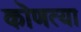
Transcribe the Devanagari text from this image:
कॊणत्या